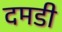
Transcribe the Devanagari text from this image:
दमडी